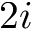
2 i